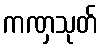
ကဏှသုတ်